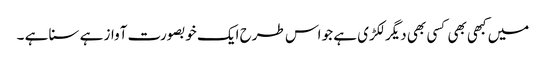
میں کبھی بھی کسی بھی دیگر لکڑی ہے جو اس طرح ایک خوبصورت آواز ہے سنا ہے ۔